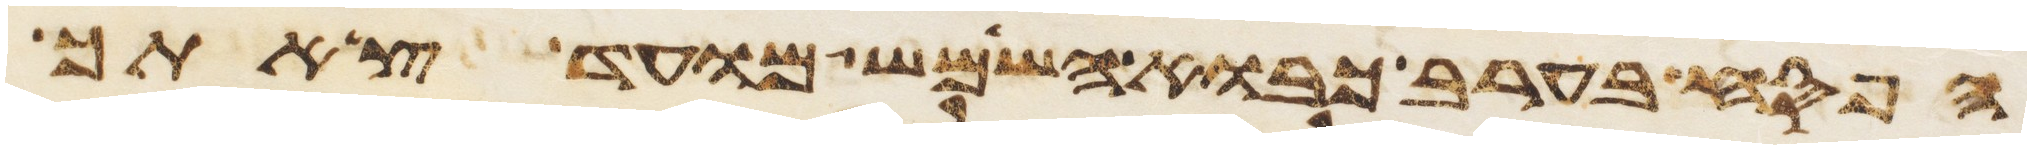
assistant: הפסח בערב כבוא השמש מועד צאתך